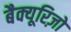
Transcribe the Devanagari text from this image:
बैक्यूरिज़ो